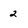
Character: 2